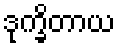
ဒုက္ခိတာယ